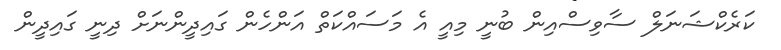
ކަރެކްޝަނަލް ސާވިސްއިން ބުނީ މިއީ އެ މަސައްކަތް އަންހެން ގައިދީންނަށް ދިނީ ގައިދީން